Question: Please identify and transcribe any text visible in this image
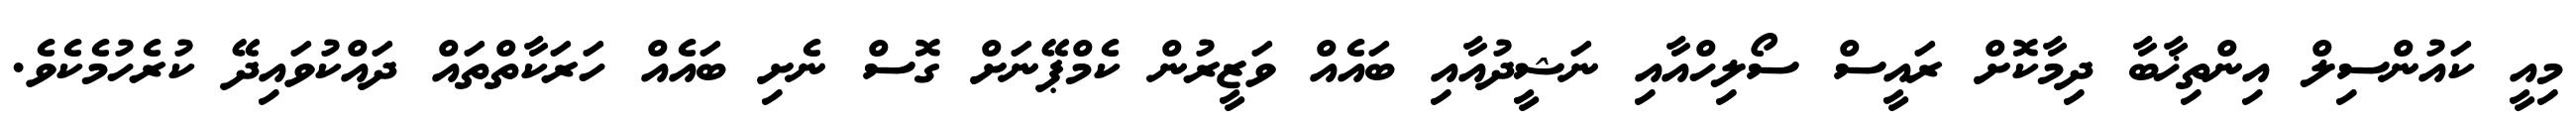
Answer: މިއީ ކައުންސިލް އިންތިޚާބާ ދިމާކޮށް ރައީސް ސޯލިހްއާއި ނަޝީދުއާއި ބައެއް ވަޒީރުން ކެމްޕޭނަށް ގޮސް ނެށި ބައެއް ހަރަކާތްތައް ދައްކުވައިދޭ ކުރެހުމެކެވެ.